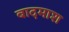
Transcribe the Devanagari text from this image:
बादमाश